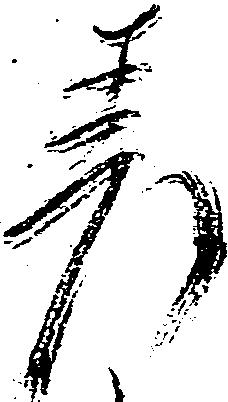
差